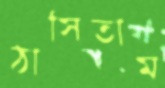
ঠাসিতাম